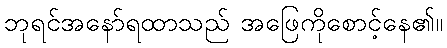
ဘုရင်အနော်ရထာသည် အဖြေကိုစောင့်နေ၏။